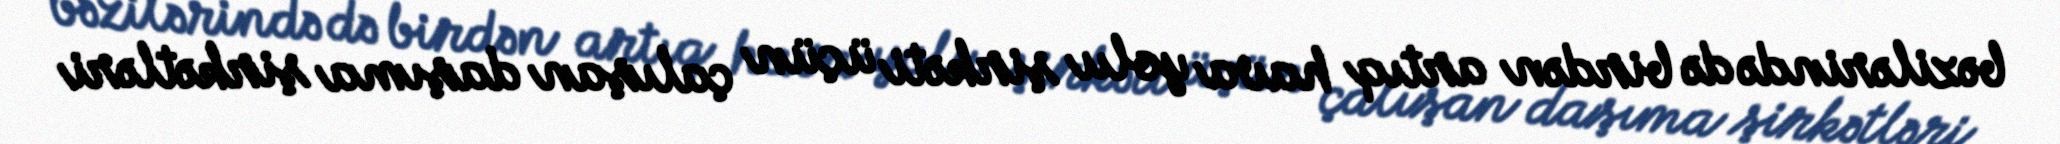
bəzilərində də birdən artıq hava yolu şirkəti üçün çalışan daşıma şirkətləri